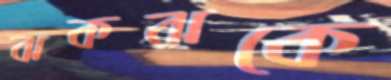
ঝকঝকে